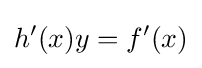
h'(x)y=f'(x)